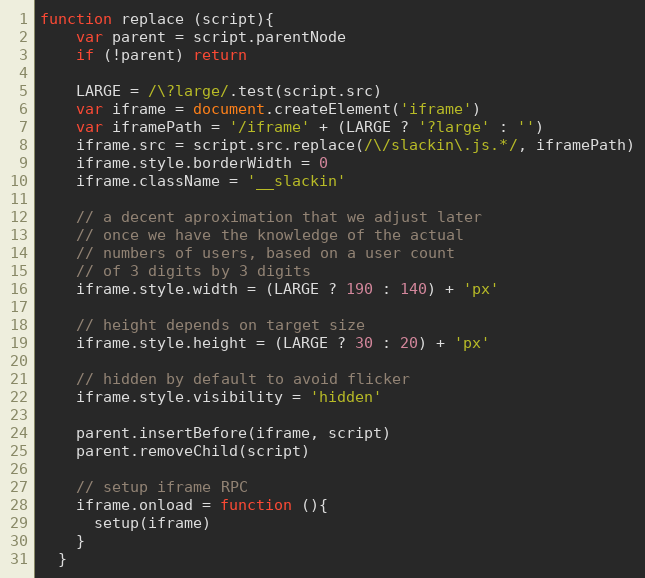
Language: JavaScript
function replace (script){
    var parent = script.parentNode
    if (!parent) return

    LARGE = /\?large/.test(script.src)
    var iframe = document.createElement('iframe')
    var iframePath = '/iframe' + (LARGE ? '?large' : '')
    iframe.src = script.src.replace(/\/slackin\.js.*/, iframePath)
    iframe.style.borderWidth = 0
    iframe.className = '__slackin'

    // a decent aproximation that we adjust later
    // once we have the knowledge of the actual
    // numbers of users, based on a user count
    // of 3 digits by 3 digits
    iframe.style.width = (LARGE ? 190 : 140) + 'px'

    // height depends on target size
    iframe.style.height = (LARGE ? 30 : 20) + 'px'

    // hidden by default to avoid flicker
    iframe.style.visibility = 'hidden'

    parent.insertBefore(iframe, script)
    parent.removeChild(script)

    // setup iframe RPC
    iframe.onload = function (){
      setup(iframe)
    }
  }